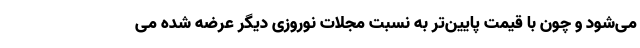
می‌شود و چون با قیمت پایین‌تر به نسبت مجلات نوروزی دیگر عرضه شده می